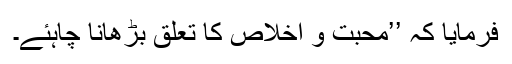
فرمایا کہ ’’محبت و اخلاص کا تعلق بڑھانا چاہئے۔